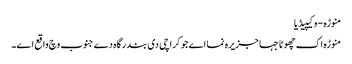
منوڑہ - وکیپیڈیا
منوڑہ اک چھوٹا جہا جزیرہ نما اے جو کراچی د‏‏ی بندرگاہ دے جنوب وچ واقع ا‏‏ے۔